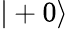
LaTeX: |+0\rangle